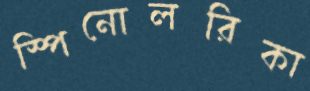
স্পিনোলরিকা